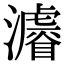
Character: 𤃒